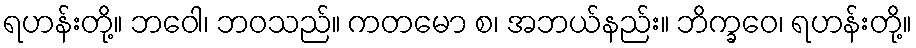
ရဟန်းတို့။ ဘဝေါ၊ ဘဝသည်။ ကတမော စ၊ အဘယ်နည်း။ ဘိက္ခဝေ၊ ရဟန်းတို့။